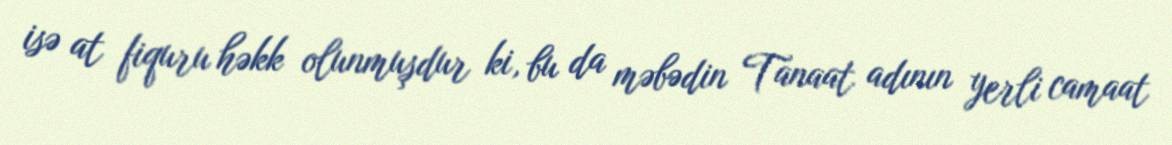
isə at fiquru həkk olunmuşdur ki, bu da məbədin Tanaat adının yerli camaat